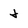
Character: j